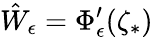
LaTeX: \hat{W}_{\epsilon}=\Phi_{\epsilon}^{\prime}(\zeta_{*})